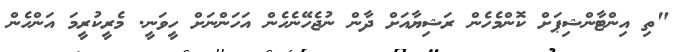
"ތި އިންޓާންޝިޕަށް ކޮންމެހެން ރަޝިޔާއަށް ދާން ނުޖެހޭނެހެން އަހަންނަށް ހީވަނީ. މެރީކުރީމަ އަންހެން